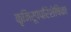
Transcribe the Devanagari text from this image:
कृमिरूपपरिशेषिका